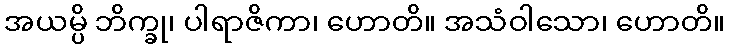
အယမ္ပိ ဘိက္ခု၊ ပါရာဇိကာ၊ ဟောတိ။ အသံဝါသော၊ ဟောတိ။